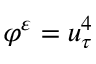
\varphi ^ { \varepsilon } = u _ { \tau } ^ { 4 }